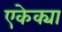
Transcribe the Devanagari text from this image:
एकेक्या